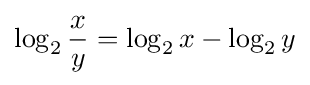
\log _{2}{\frac {x}{y}}=\log _{2}x-\log _{2}y